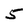
Character: 5